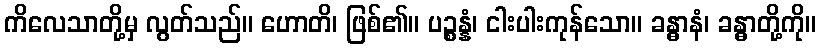
ကိလေသာတို့မှ လွတ်သည်။ ဟောတိ၊ ဖြစ်၏။ ပဉ္စန္နံ၊ ငါးပါးကုန်သော။ ခန္ဓာနံ၊ ခန္ဓာတို့ကို။